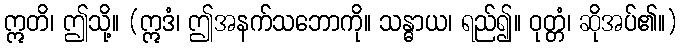
ဣတိ၊ ဤသို့။ (ဣဒံ၊ ဤအနက်သဘောကို။ သန္ဓာယ၊ ရည်၍။ ဝုတ္တံ၊ ဆိုအပ်၏။)